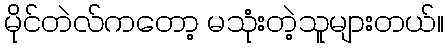
မိုင်တဲလ်ကတော့ မသုံးတဲ့သူများတယ်။